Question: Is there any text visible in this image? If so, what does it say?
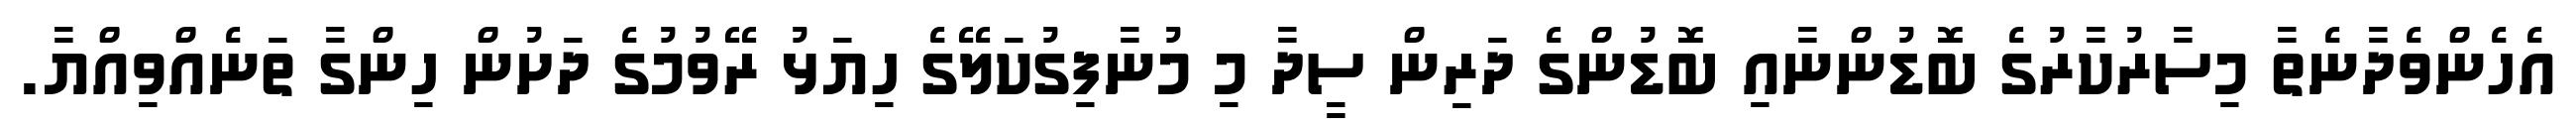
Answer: އެހެންވެދާނެތާ މިސާރުކާރުގެ ބޮޑުންނާއި ބޮޑުންގެ ދަރިން ސީދާ މި މުނާފިގުކަލޭގެ ހިޔަޅު ރޭވުމުގެ ދަށުން ހިންގާ ތަނެއްވިއްޔާ.